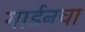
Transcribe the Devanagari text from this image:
गार्डनचा